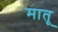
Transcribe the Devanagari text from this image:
मातू